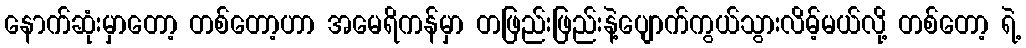
နောက်ဆုံးမှာတော့ တစ်တော့ဟာ အမေရိကန်မှာ တဖြည်းဖြည်းနဲ့ပျောက်ကွယ်သွားလိမ့်မယ်လို့ တစ်တော့ ရဲ့